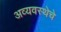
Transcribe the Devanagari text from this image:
अव्यवस्थेचे